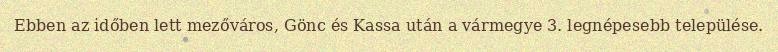
Ebben az időben lett mezőváros, Gönc és Kassa után a vármegye 3. legnépesebb települése.